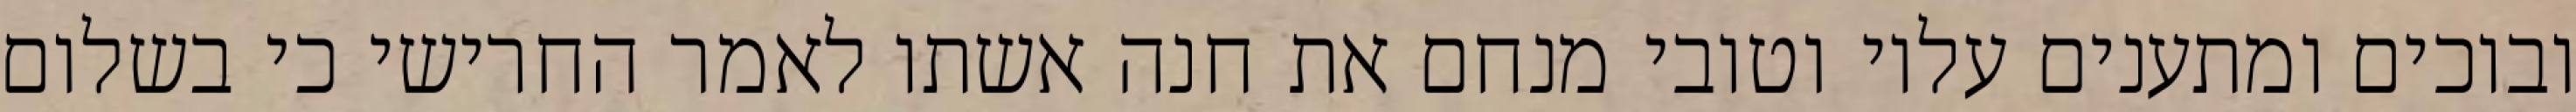
ובוכים ומתענים עליו וטובי מנחם את חנה אשתו לאמר החרישי כי בשלום